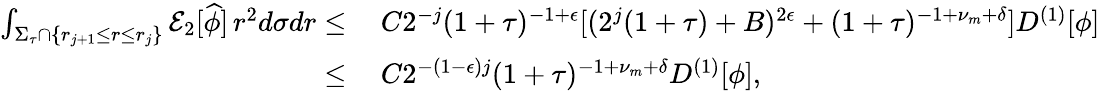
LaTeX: \begin{array}{rl}{\int_{\Sigma_{\tau}\cap\{ r_{j+1}\leq r\leq r_{j}\} }\mathcal{E}_{2}[\widehat{\phi}]\, r^{2}d\sigma dr\leq}&{\: C2^{-j}(1+\tau)^{-1+\epsilon}[(2^{j}(1+\tau)+B)^{2\epsilon}+(1+\tau)^{-1+\nu_{m}+\delta}]D^{(1)}[\phi]}\\ {\leq}&{\: C2^{-(1-\epsilon)j}(1+\tau)^{-1+\nu_{m}+\delta}D^{(1)}[\phi],}\end{array}